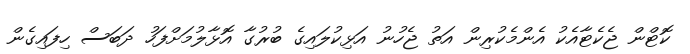
ކޮޓްން ޖެކެޓާއެކު އެންމެކުރިން އަތު ޖެހުނު އަޅިކުލައިގެ ބުރުގާ އޮޅާލުމަށްފަހު ދަބަސް ހިފައިގެން